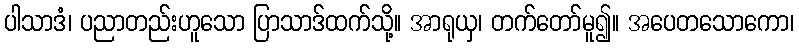
ပါသာဒံ၊ ပညာတည်းဟူသော ပြာသာဒ်ထက်သို့။ အာရုယှ၊ တက်တော်မူ၍။ အပေတသောကော၊